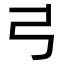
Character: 𢎜